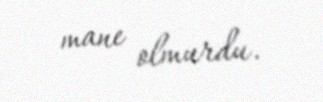
mane olmurdu.